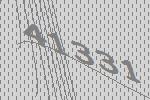
41331